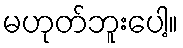
မဟုတ်ဘူးပေါ့။